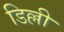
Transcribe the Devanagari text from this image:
डिल्ली